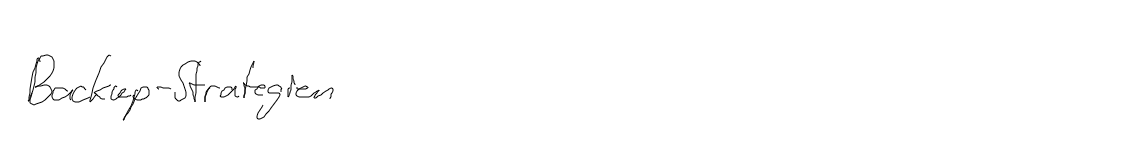
Backup-Strategien